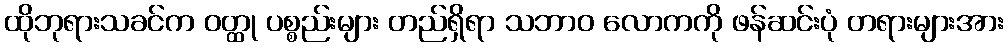
ထိုဘုရားသခင်က ဝတ္ထု ပစ္စည်းများ တည်ရှိရာ သဘာဝ လောကကို ဖန်ဆင်းပုံ တရားများအား